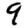
Digit: 9